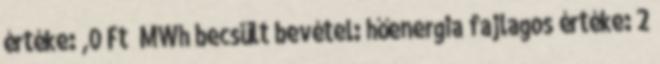
értéke: ,0 Ft MWh becsült bevétel: hőenergia fajlagos értéke: 2